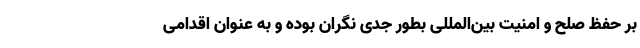
بر حفظ صلح و امنیت بین‌المللی بطور جدی نگران بوده و به عنوان اقدامی